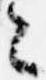
々